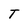
Character: T